Vaccine operations Central Provinces & Berar 1922-1929 - 1922-1929
Year: 1922
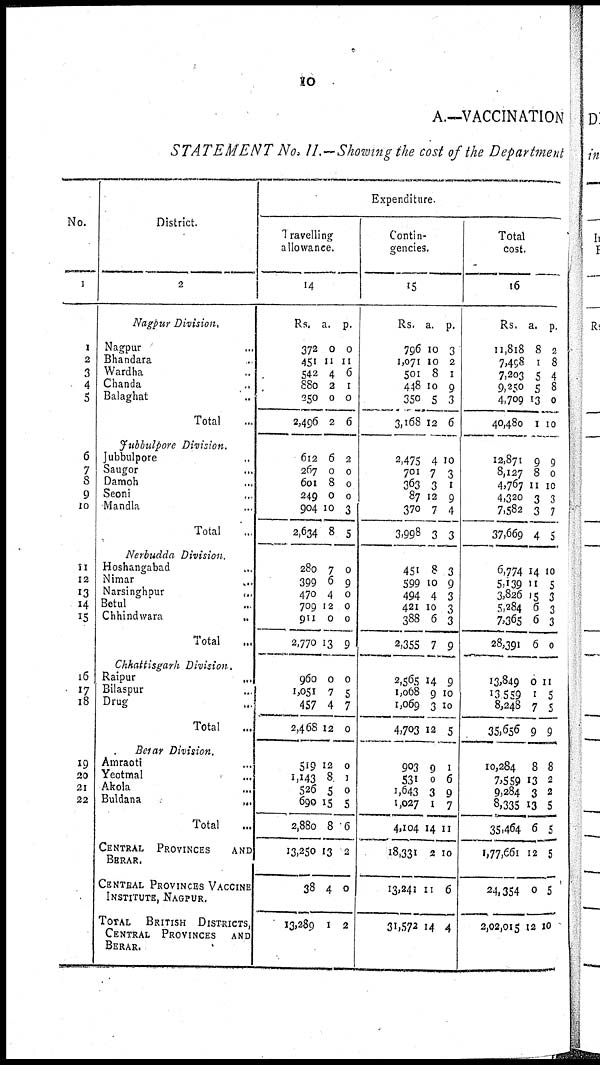
10
A.—VACCINATION
STATEMENT No. II.—Showing the cost of the Department
No.
1
1
2
3
4
5
6
7
8
9
10
11
12
13
14
15
16
17
18
19
20
21
22
District.
2
Nagpur Division.
Nagpur ...
Bhandara ...
Wardha ...
Chanda ...
Balaghat ...
Total ...
Jubbulpore Division.
Jubbulpore ...
Saugor ...
Damoh ...
Seoni ...
Mandla ...
Total ...
Nerbudda Division.
Hoshangabad ...
Nimar ...
Narsinghpur
...
Betul ...
Chhindwara
...
Total ...
Chhattisgarh Division.
Raipur
...
Bilaspur ...
Drug ...
Total ...
Berar Division.
Amraoti ...
Yeotmal ...
Akola ...
Buldana
...
Total ...
CENTRAL PROVINCES
AND
BERAR.
CENTRAL PROVINCES VACCINE
INSTITUTE, NAGPUR.
TOTAL BRITISH DISTRICTS,
CENTRAL PROVINCES AND
BERAR.
Expenditure
Travelling
allowance.
14
Rs.
372
451
542
880
250
2,496
612
267
601
249
904
2,634
280
399
470
709
911
2,770
960
1,051
457
2,468
519
1,143
526
690
2,880
13,250
38
13,289
a.
0
11
4
2
0
2
6
0
8
0
10
8
7
6
4
12
0
13
0
7
4
12
12
8
5
15
8
13
4
1
p.
0
11
6
1
0
6
2
0
0
0
3
5
0
9
0
0
0
9
0
5
7
0
0
1
0
5
6
2
0
2
Contin-
gencies.
15
Rs.
796
1,071
501
448
350
3,168
2,475
701
363
87
370
3,998
451
599
494
421
388
2,355
2,565
1,068
1,069
4,703
903
531
1,643
1,027
4,104
18,331
13,241
31,572
a.
10
10
8
10
5
12
4
7
3
12
7
3
8
10
4
10
6
7
14
9
3
12
0
0
3
1
14
2
11
14
p.
3
2
1
9
3
6
10
3
1
9
4
3
3
9
3
3
3
9
9
10
10
5
1
6
9
7
11
10
6
4
Total
cost.
16
Rs.
11,818
7,498
7,203
9,250
4,709
40,480
12,871
8,127
4,767
4,320
7,582
37,669
6,774
5,139
3,826
5,284
7,365
28,391
13,849
13,559
8,248
35,656
10,284
7,559
9,284
8,335
35,464
1,77,661
24,354
2,02,015
a.
8
1
5
5
13
1
9
8
11
3
3
4
14
11
15
6
6
6
0
1
7
9
8
13
3
13
6
12
0
12
p.
2
8
4
8
0
10
9
0
10
3
7
5
10
5
3
3
3
0
11
5
5
9
8
2
2
5
5
5
5
10